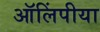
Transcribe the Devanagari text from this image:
ऑलिंपीया